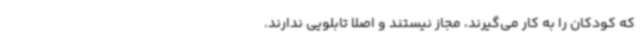
که کودکان را به کار می‌گیرند، مجاز نیستند و اصلاً تابلویی ندارند.